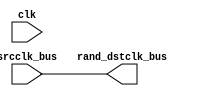
/*
 *------------------------------------------------------------------------------
 * Copyright (c) 2003 - by Andiamo Systems Inc. All rights reserved.
 * Permission to use, copy and modify this file is prohibited outside
 * Andiamo, Inc. Use of this file by any other organization for any purpose
 * is allowed only under express written permission of Andiamo, Inc.
 *
 * $Source: /nfs/nvbu-asic/repository/andiamo_vegas/vegas_ip/ip_synchronizer/rtl/ip_sync_rand_dst.v,v $
 * $Revision: 1.7 $
 * $Date: 2006/10/04 01:16:04 $
 * $Author: cino $
 *
 * $Owner: Georges Akis
 * $Description: ASYNC clock boundary crossing IP enforces NAMING.
 * 
 * Used by the _databus_ or _controlbus_ IP. Should only be used directly if the 
 * flops in the _databus_ or _controlbus_ ip are not needed. 
 * 
 * Models the different delays that will exist between the bits of the input
 * data in the physical implementation. In the dst clock domain, each bit is
 * randomly flopped in the current period or the next one. This model finds
 * design flaws where the async dat is used too early by the dst clock logic
 * i.e. the ctl path is not double-flopped. After synthesis it is simply
 * a pass-thru.
 *  
 * $Log: ip_sync_rand_dst.v,v $
 * Revision 1.7  2006/10/04 01:16:04  cino
 * removed v2k syntax: same functionality
 *
 * Revision 1.6  2005/10/31 19:14:17  vikask
 * Changed the declaration of bit to bit_i as bit is a keyword in vcs 2005
 *
 * Revision 1.5  2005/07/15 14:57:36  maypatel
 * Do not randomly skew data if IP_SYNC_RAND_SKEW_DISABLE is not defined.
 *
 * Revision 1.4  2003/11/21 01:22:57  gakis
 * set_attribute current_design CVS Id
 *
 * Revision 1.3  2003/07/15 17:32:44  gakis
 * Removed reg initialization at declaration.
 *
 * Revision 1.2  2003/07/15 02:40:59  npatwa
 * changed rand_seed from wire to reg to make nc_verilog work (ziad)
 *
 * Revision 1.1  2003/04/08 18:16:31  gakis
 * Shorter names for IBM
 *
 * Revision 1.2  2003/03/12 02:29:38  gakis
 * Fixed random bit skew
 *
 * Revision 1.1  2003/02/27 23:57:38  gakis
 * Parameterizable width and depth components force presync_ naming
 * conventions and inserts random bit skews when crossing clock boundaries.
 *
 * $Endlog
 *
 *------------------------------------------------------------------------------
 */

module ip_sync_rand_dst (
   clk, // dstclk
   srcclk_bus,
   rand_dstclk_bus
   );
   
   // synopsys template
   parameter            P_WIDTH = 128;
   
   input                clk; // dstclk
   input [P_WIDTH-1:0]  srcclk_bus; // async data in
   output [P_WIDTH-1:0] rand_dstclk_bus; // random skew data out
   reg [P_WIDTH-1:0]    rand_dstclk_bus;

   /////////////////////////////////////////////////////////////////////
   // synopsys translate_off
   /////////////////////////////////////////////////////////////////////
`ifdef IP_SYNC_RAND_SKEW_DISABLE
`else
   reg [P_WIDTH-1:0]    input_srcclk_bus;
   reg [P_WIDTH-1:0]    latch_srcclk_bus;
   reg [P_WIDTH-1:0]    skewed_dstclk_bus;
   reg                  skew_srcclk_toggle;
   reg                  skew_srcclk_toggle_d;
   integer              bit_i;
   reg                  rand_seed;

   initial begin
      rand_seed = 0;
      skew_srcclk_toggle = 0;
      skew_srcclk_toggle_d = 0;
   end
   
   always @(srcclk_bus) begin
      input_srcclk_bus <= #1 srcclk_bus;
      latch_srcclk_bus <= #1 input_srcclk_bus; // delayed version
      skew_srcclk_toggle <= #1 ~skew_srcclk_toggle;
   end

   always @(posedge clk // to remove skew
            or input_srcclk_bus
            or latch_srcclk_bus 
            or skew_srcclk_toggle // to cause skew on input changes
            ) begin
      skewed_dstclk_bus = input_srcclk_bus;
      if (skew_srcclk_toggle ^ skew_srcclk_toggle_d) begin
         if (^{input_srcclk_bus, latch_srcclk_bus} !== 1'bx) begin
            for (bit_i=0 ; bit_i<P_WIDTH ; bit_i=bit_i+1) begin
               if ({$random(rand_seed)} % 2) begin // rand MUX select
                  // assign the old value for some ctl
                  skewed_dstclk_bus[bit_i] = latch_srcclk_bus[bit_i];
               end
            end
         end
      end
      skew_srcclk_toggle_d = skew_srcclk_toggle;
   end
`endif

   /////////////////////////////////////////////////////////////////////
   // synopsys translate_on
   /////////////////////////////////////////////////////////////////////
   always @(srcclk_bus
            // synopsys translate_off
`ifdef IP_SYNC_RAND_SKEW_DISABLE
`else
            or skewed_dstclk_bus
`endif
            // synopsys translate_on
            ) begin
      rand_dstclk_bus = srcclk_bus; // pass-thru after synthesis
      // synopsys translate_off
`ifdef IP_SYNC_RAND_SKEW_DISABLE
`else
      rand_dstclk_bus = skewed_dstclk_bus;
`endif
      // synopsys translate_on
   end

   

// synopsys dc_script_begin
// synopsys dc_script_end

endmodule